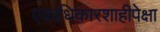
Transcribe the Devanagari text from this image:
एकाधिकारशाहीपेक्षा